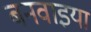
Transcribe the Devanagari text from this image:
बनवाइया